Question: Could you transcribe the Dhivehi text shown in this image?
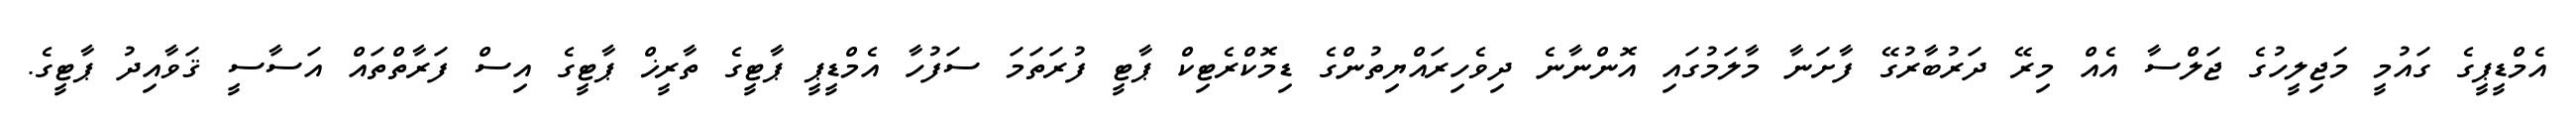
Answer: އެމްޑީޕީގެ ގައުމީ މަޖިލީހުގެ ޖަލްސާ އެއް މިރޭ ދަރުބާރުގޭ ފާށަނާ މާލަމުގައި އޮންނާނެ ދިވެހިރައްޔިތުންގެ ޑިމޮކްރެޓިކް ޕާޓީ ފުރަތަމަ ސަފުހާ އެމްޑީޕީ ޕާޓީގެ ތާރީޚް ޕާޓީގެ އިސް ފަރާތްތައް އަސާސީ ޤަވާއިދު ޕާޓީގެ.